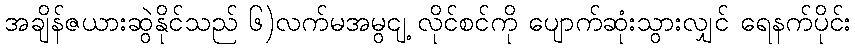
အချိန်ဇယားဆွဲနိုင်သည် ၆)လက်မအမွငျ့ လိုင်စင်ကို ပျောက်ဆုံးသွားလျှင် ရေနက်ပိုင်း